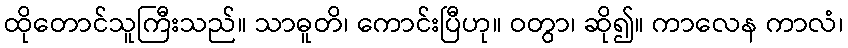
ထိုတောင်သူကြီးသည်။ သာဓူတိ၊ ကောင်းပြီဟု။ ဝတွာ၊ ဆို၍။ ကာလေန ကာလံ၊